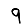
Digit: 9